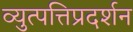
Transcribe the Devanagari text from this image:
व्युत्पत्तिप्रदर्शन